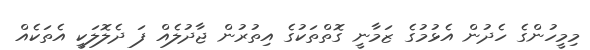
މިމީހުންގެ ހެދުން އެޅުމުގެ ޒަމާނީ ގޮތްތަކުގެ އިތުރުން ޖާދުލެއް ފަ ދެލޮލަކީ އެތަކެއް